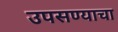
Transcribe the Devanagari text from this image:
उपसण्याचा